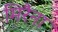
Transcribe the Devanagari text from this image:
मिरैना